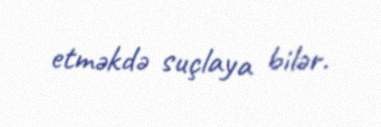
etməkdə suçlaya bilər.